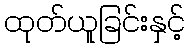
ထုတ်ယူခြင်းနှင့်